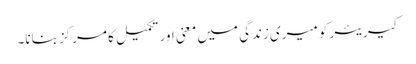
کیریئر کو میری زندگی میں معنی اور تکمیل کا مرکز بنانا۔